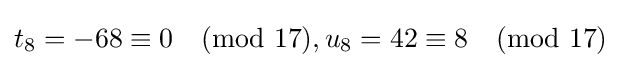
t_{8}=-68\equiv 0{\pmod {17}},u_{8}=42\equiv 8{\pmod {17}}